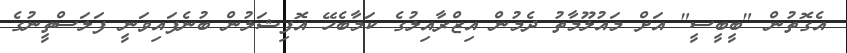
އެގޮތުން "ބީބީސީ" އަށް މައުލޫމާތު ދެމުން އިޒްރާއިލުގެ ކަމާބެހޭ އޮފިޝަލުން ބުނެފައިވަނީ ފަލަސްތީނުގެ